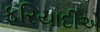
ફરિયાદીએ